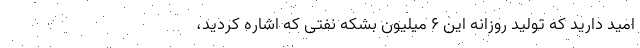
امید دارید که تولید روزانه این ۶ میلیون بشکه نفتی که اشاره کردید،